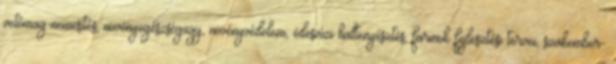
vetőmag-nemesítés, nö­vényegészségügy, növényvédelem, édesvízi haltenyésztés, farmok fejlesztési tervei, szakember-